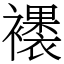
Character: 䙨